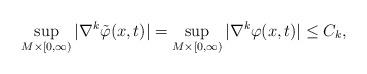
LaTeX: \begin{align*}\sup_{M\times[0,\infty)}|\nabla^{k}\tilde{\varphi}(x,t)|=\sup_{M\times[0,\infty)}|\nabla^{k}\varphi(x,t)|\leq C_{k},\end{align*}